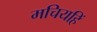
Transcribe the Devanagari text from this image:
मचियहिं